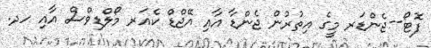
ފޮޓޯ--ޖެންޑަރ މީގެ އިތުރުން ޖެންޑާ އާއި އޭޖްޑް ކެއަރ މޯލްޑިވްސް އާއި ހދ.